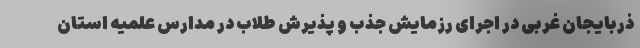
ذربایجان غربی در اجرای رزمایش جذب و پذیرش طلاب در مدارس علمیه استان